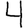
Digit: 4